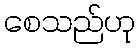
စေသည်ဟု